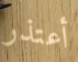
أعتذر